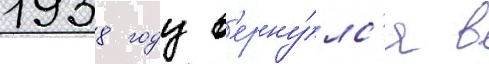
1938 году в'ерну́лс'я в